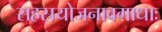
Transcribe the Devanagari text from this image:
सहस्रयोजनावगाधाः